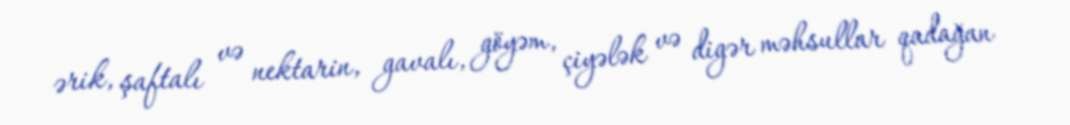
ərik, şaftalı və nektarin, gavalı, göyəm, çiyələk və digər məhsullar qadağan